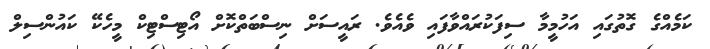
ކަމެއްގެ ގޮތުގައި އަހުމީމާ ސިފަކުރައްވާފައި ވެއެވެ. ރައީސަށް ނިސްބަތްކޮށް އޯޓިސްޓިކް މީހެކޭ ކައުންސިލް